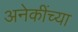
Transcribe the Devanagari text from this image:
अनेकींच्या